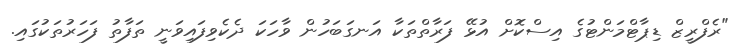
"ރެފްރީޒް ޑިޕާޓްމަންޓުގެ އިސްކޮށް އުޅޭ ފަރާތްތަކާ އަނގަބަހުން ވާހަކަ ދެކެވިފައިވަނީ ތަފާތު ފަހަރުތަކުގައި.